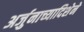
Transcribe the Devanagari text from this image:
अर्जुनाच्यादिशेने